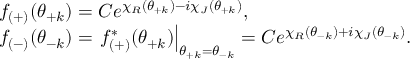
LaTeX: \begin{array} { l } { { f _ { ( + ) } ( \theta _ { + k } ) = C e ^ { \chi _ { R } ( \theta _ { + k } ) - i \chi _ { J } ( \theta _ { + k } ) } , } } \\ { { f _ { ( - ) } ( \theta _ { - k } ) = \left. f _ { ( + ) } ^ { * } ( \theta _ { + k } ) \right| _ { \theta _ { + k } = \theta _ { - k } } = C e ^ { \chi _ { R } ( \theta _ { - k } ) + i \chi _ { J } ( \theta _ { - k } ) } . } } \end{array}